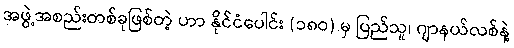
အဖွဲ့အစည်းတစ်ခုဖြစ်တဲ့ ဟာ နိုင်ငံပေါင်း (၁၈ဝ) မှ ပြည်သူ၊ ဂျာနယ်လစ်နဲ့